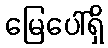
မြေပေါ်ရှိ